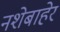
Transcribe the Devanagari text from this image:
नशेबाहेर